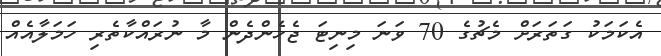
އެކަަމަކު ގަތަރަށް މެޗުގެ 70 ވަނަ މިނިޓަ ޖެހެންދެން މާ ނުރައްކާތެރި ހަމަލާއެއް